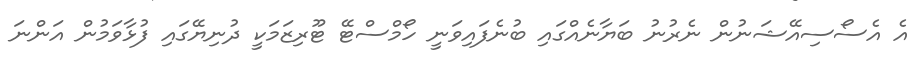
އެ އެސޯސިއޭޝަނުން ނެރުނު ބަޔާނެއްގައި ބުނެފައިވަނީ ހޯމްސްޓޭ ޓޫރިޒަމަކީ ދުނިޔޭގައި ފުޅާވަމުން އަންނަ